Report on sanitation, dispensaries, and jails in Rajputana for 1910, and on vaccination for the year 1910-1911 - 1910-1911
Year: 1910
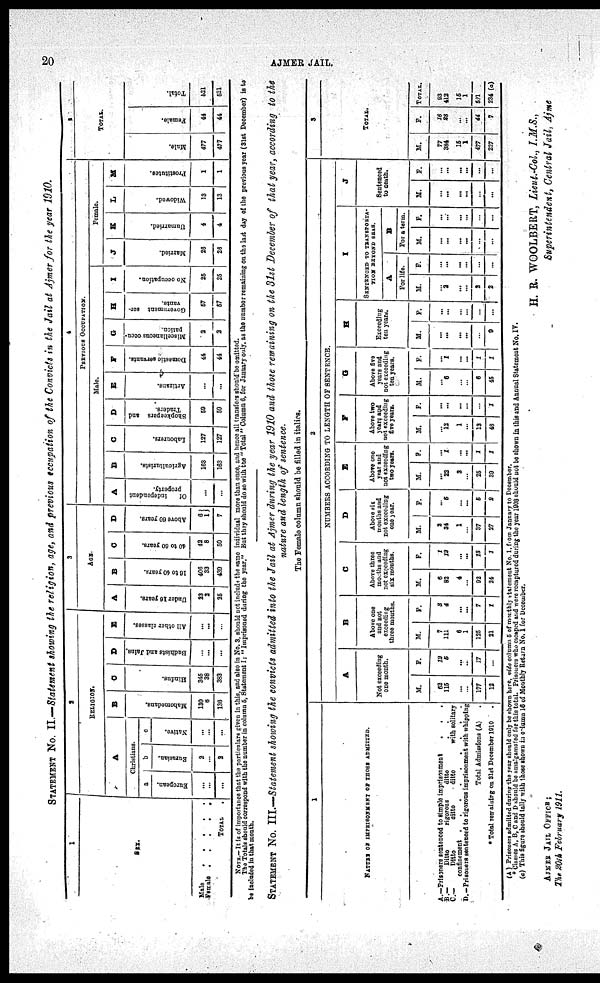
20
AJMER JAIL.
STATEMENT No. II.—Statement showing the religion, age, and previous occupation of the Convicts in the Jail at Ajmer for the year 1910.
1
SEX.
Male . . . . .
Female . . . . .
TOTAL
.
2
RELIGION.
A
Christians.
a
European.
...
...
...
b
Eurasian.
2
...
2
c
Native.
...
...
...
B
Mahomedans.
130
6
136
C
Hindus.
345
38
383
D
Budhists and Jains.
...
...
...
E
All other classes.
...
...
...
3
AGE.
A
Under
16 years.
23
2
25
B
16 to 40 years.
406
33
439
C
40 to 60 years.
42
8
50
D
Above 60 years.
6
1
7
4
PREVIOUS OCCUPATION.
Male.
A
Of
independent
property.
...
...
B
Agriculturists.
163
163
C
Labourers.
127
127
D
Shopkeepers and
Traders.
59
59
E
Artizans.
...
...
F
Domestic servants.
44
44
G
Miscellaneous occu-
pation.
2
2
H
Government ser-
vants.
57
57
I
No occupation.
25
25
Female.
J
Married.
26
26
K
Unmarried.
4
4
L
Widowed.
13
13
M
Prostitutes.
1
1
5
TOTAL.
Male.
477
477
Female.
44
44
Total.
521
521
NOTE.—It is of importance that the particulars given in this, and also in No. 3, should not include the same individual more than once, and hence all transfers should be omitted.
The Totals should correspond with the number in column 5, Statement I: "Imprisoned during the year." But they should do so with the "Total" Column 6, for January only, as the number remaining on the last day of the previous year (31st December) is to
be included in that month.
STATEMENT No. III.—Statement showing the convicts admitted into the Jail at Ajmer during the year 1910 and those remaining on the 31st December of that year, according to the
nature and length of sentence.
The Female column should be filled in italics.
1
NATURE OF IMPRISONMENT OF THOSE ADMITTED.
A.—Prisoners sentenced to simple imprisonment
.
.
.
B.—
Ditto
rigorons
ditto . .
C.—
Ditto
ditto
ditto
with solitary
confinement .
.
.
.
.
.
.
.
.
D.—Prisoners sentenced to rigorous imprisonment with whipping
Total Admissions (A) .
* Total remaining on 31st December 1910
.
2
NUMBERS ACCORDING TO LENGTH OF SENTENCE.
A
Not exceeding
one month.
M.
62
115
...
...
177
12
F.
12
5
...
...
17
...
B
Above one
and not
exceeding
three months.
M.
7
111
6
1
125
21
F.
3
4
...
...
7
1
C
Above three
months and
not exceeding
six months.
M.
6
82
4
...
92
24
F.
1
12
...
...
13
1
D
Above six
months and
not exceeding
one year.
M.
2
34
1
...
37
27
F.
...
5
...
...
5
2
E
Above one
year and
not exceeding
two years.
M.
...
22
3
...
25
39
F.
...
1
...
...
1
1
F
Above two
years and
not exceeding
five years.
M.
...
12
1
...
13
48
F.
...
...
...
...
...
1
G
Above five
years and
not exceeding
ten years.
M.
...
6
...
...
6
45
F.
...
1
...
...
1
1
H
Exceeding
ten years.
M.
...
...
...
...
...
9
F.
...
...
...
...
...
...
I
SENTENCED TO TRANSPORTA¬
TION BEYOND SEAS.
A
For life.
M.
...
2
...
...
2
2
F.
...
...
...
...
...
...
B
For a term.
M.
...
...
...
...
...
...
F.
...
...
...
...
...
...
J
Sentenced
to death.
M.
...
...
...
...
...
...
F.
...
...
...
...
...
...
3
TOTAL.
M.
77
384
15
1
477
227
F.
16
28
...
...
44
7
TOTAL.
93
412
15
1
521
234 (a)
(A) Prisoners admitted during the year should only be shown here, vide column 5 of monthly statement No. 1. from January to December.
Classes A, B, C and D should be amalgamated for this total. Prisoners who escaped and were recaptured during the year 1908 should not be shown in this and Annual Statement No. IV.
(a) This figure should tally with those shown in column 16 of Monthly Return No. 1 for December.
H. R. WOOLBERT, Lieut.-Col., I.M.S.,
Superintendent, Central Jail, Ajmer
AJMER JAIL OFFICE ;
The 20th February 1911.